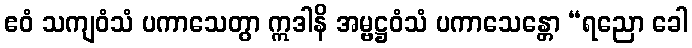
ဧဝံ သကျဝံသံ ပကာသေတွာ ဣဒါနိ အမ္ဗဋ္ဌဝံသံ ပကာသေန္တော “ရညော ခေါ